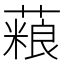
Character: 𫉱